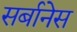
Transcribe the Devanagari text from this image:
सर्बानेस